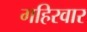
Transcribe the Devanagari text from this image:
गहिरवार